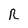
Character: R